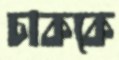
চাককে